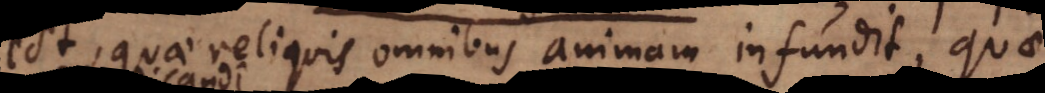
est, quae reliquis omnibus animam infundit, quae